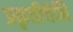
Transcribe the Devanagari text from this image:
प्रकृतीचेनि